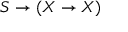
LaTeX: S \to ( X \to X )